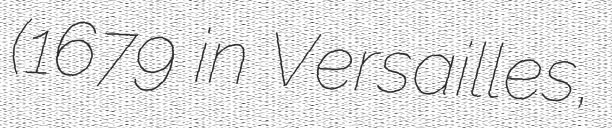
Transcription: (1679 in Versailles,